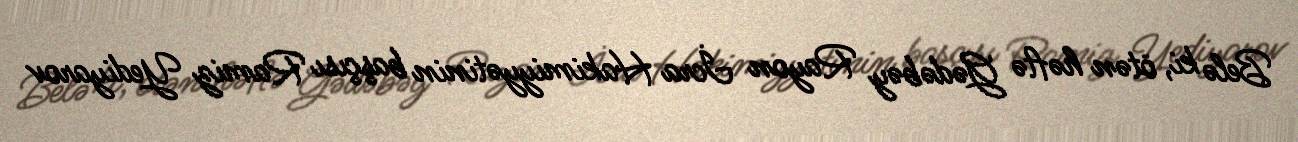
Belə ki, ötən həftə Gədəbəy Rayon İcra Hakimiyyətinin başçısı Ramiz Yediyarov